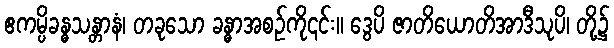
ဧကမ္ပိခန္ဓသန္တာနံ၊ တခုသော ခန္ဓာအစဉ်ကို၎င်း။ ဒွေပိ ဇာတိယောတိအာဒီသုပိ၊ တို့၌